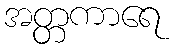
အတ္တကာရေ